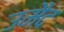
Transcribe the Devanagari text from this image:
उमैद